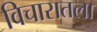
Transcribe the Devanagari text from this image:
विचारातला